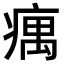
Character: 𤸒